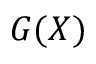
G ( X )